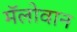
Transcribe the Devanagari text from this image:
मॅलोवान